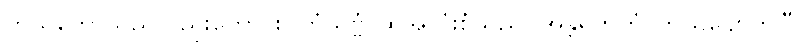
ကိုယ်တော်သည်လည်းကောင်း။ တံသဗ္ဗံ၊ ထိုအလုံးစုံသည်။ အန္တရဟိတံ၊ ကွယ်ပျောက်ပြီ။